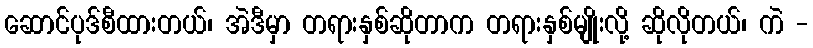
ဆောင်ပုဒ်စီထားတယ်၊ အဲဒီမှာ တရားနှစ်ဆိုတာက တရားနှစ်မျိုးလို့ ဆိုလိုတယ်၊ ကဲ -